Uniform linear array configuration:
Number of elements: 4
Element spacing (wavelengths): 0.5
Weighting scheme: kaiser
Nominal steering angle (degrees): -60
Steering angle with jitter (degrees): -58.743
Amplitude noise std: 0.05
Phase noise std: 0.05

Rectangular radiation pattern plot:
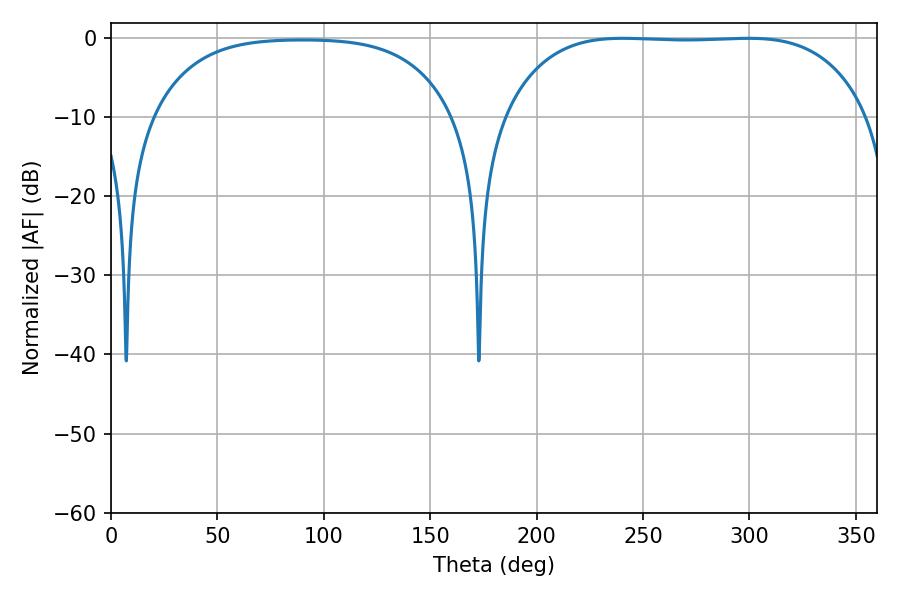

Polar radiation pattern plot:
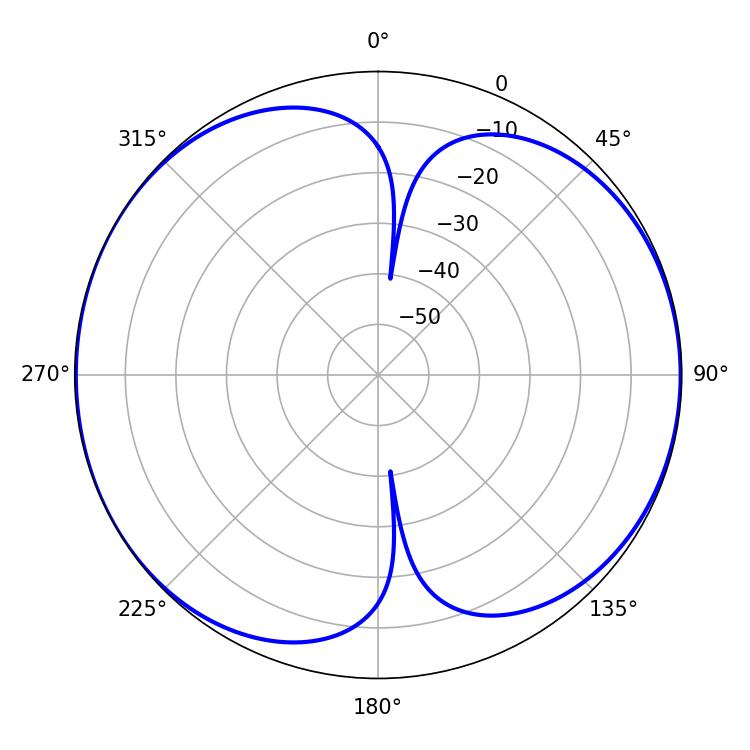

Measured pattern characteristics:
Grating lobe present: FALSE
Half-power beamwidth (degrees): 132.84
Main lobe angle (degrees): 240.48